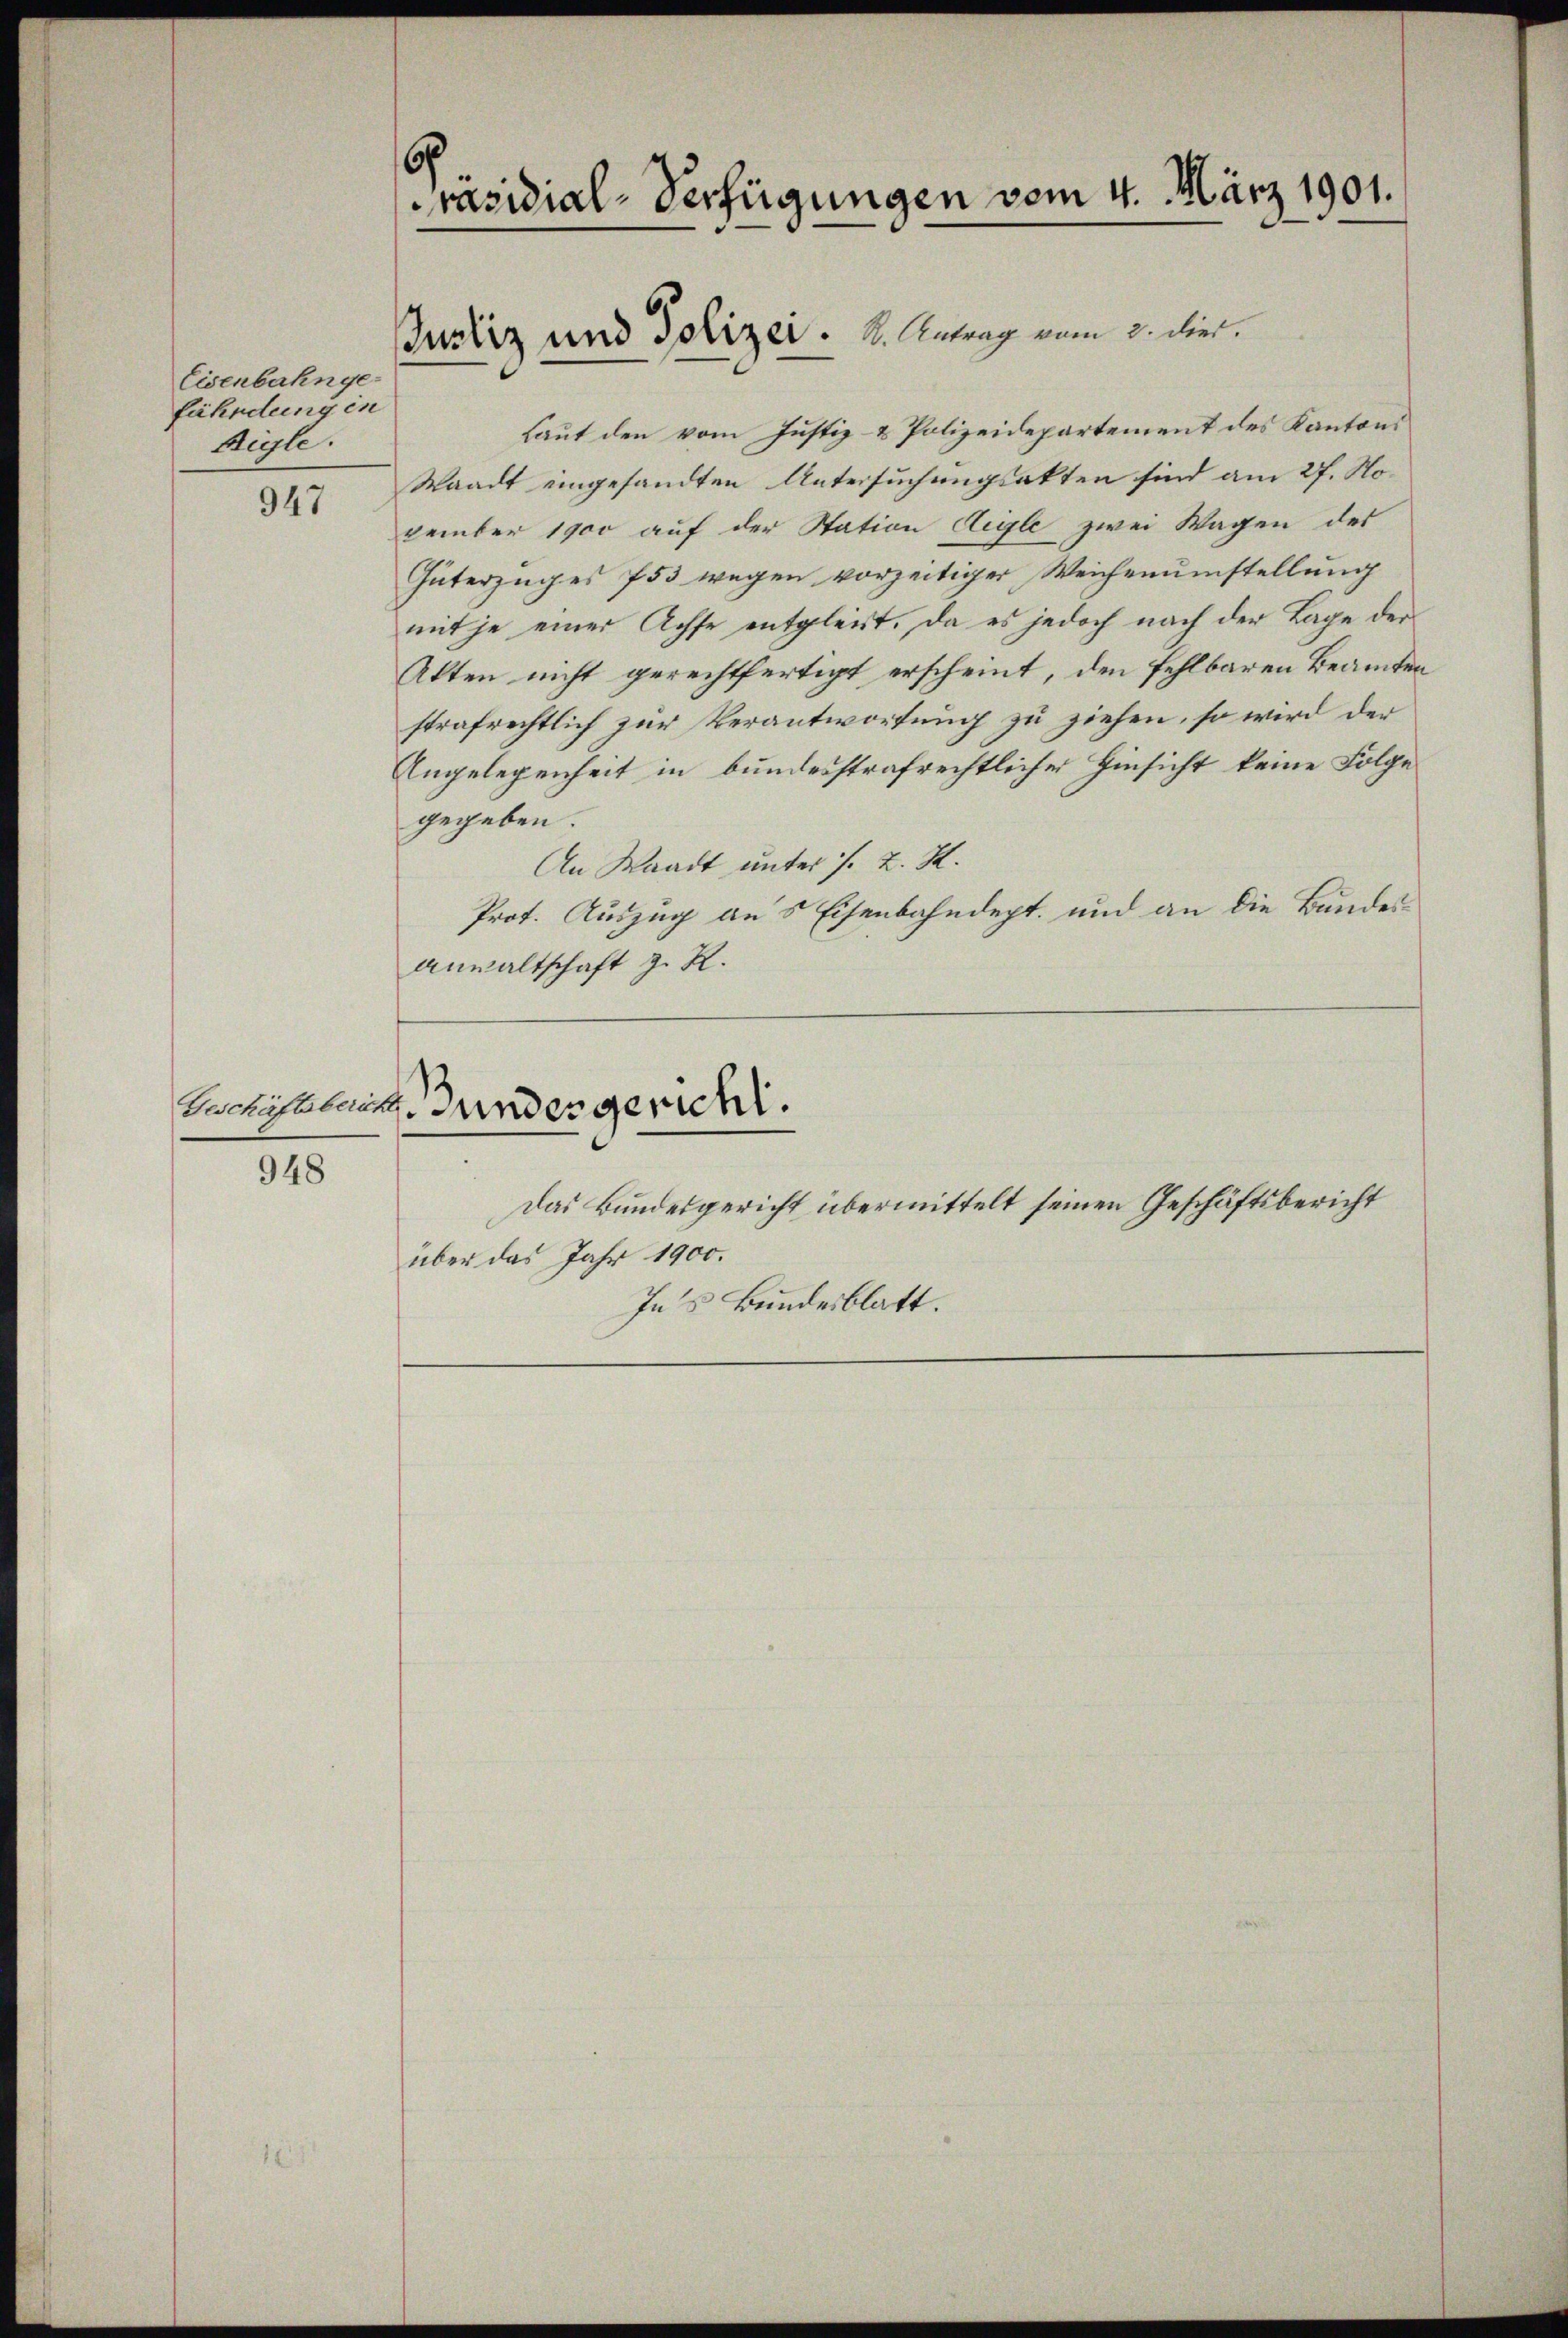
Eisenbahnge
fährdung in
Aigle.

947

948

Präsidial-Verfügungen vom 4. März 1901.

Justiz und Polizei. S. Antrag vom 2. dies.

Laut den vom Justiz- & Polizeidepartement des Kantons
Waadt eingesandten Untersuchungsakten sind am 27. November 1900 auf der Station Aigle zwei Wagen des
Güterzuges 753 wegen vorzeitiger Weichenumstellung
mit je einer Achse entgleist. Da es jedoch nach der Lage der
Atten nicht gerechtfertigt erscheint, den fehlbaren Beamten
strafrechtlich zur Verantwortung zu ziehen, so wird der
Angelegenheit in bundesstrafrechtlicher Hinsicht keine Folge
gegeben.
An Waadt unter s. Z. M.
Prot. Auszug aus Eisenbahndept. und an die Bundes¬
Anwaltschaft z. R.
Beschäftlen, Hundesgericht.
Das Bundesgericht übermittelt seinen Geschäftsbericht
über das Jahr 1900.

Ins Bundesblatt.